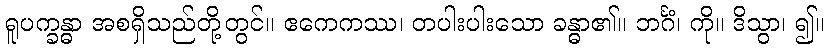
ရူပက္ခန္ဓာ အစရှိသည်တို့တွင်။ ဧကေကဿ၊ တပါးပါးသော ခန္ဓာ၏။ ဘင်္ဂံ၊ ကို။ ဒိသွာ၊ ၍။